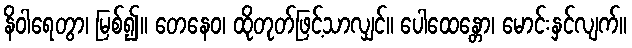
နိဝါရေတွာ၊ မြစ်၍။ တေနေဝ၊ ထိုတုတ်ဖြင့်သာလျှင်။ ပေါထေန္တော၊ မောင်းနှင်လျက်။